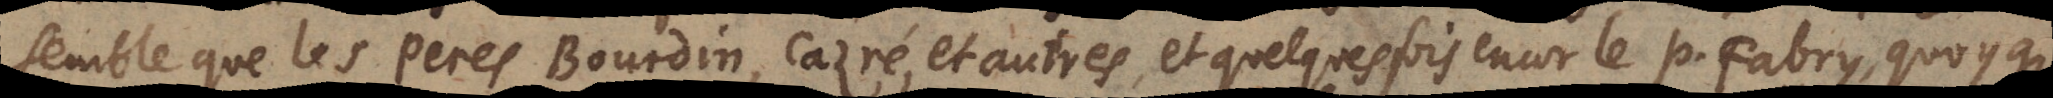
semble que les Peres Bourdin, Cazré,et autre,et quelquefois encor P.Fabry, quoyque